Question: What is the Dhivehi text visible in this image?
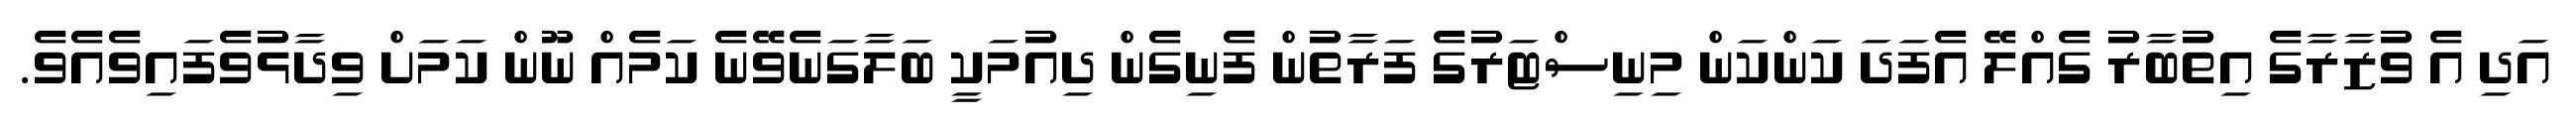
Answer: އަދި އެ ވުޒާރާގެ އިތުބާރު ގެއްލޭ އެފަދަ ކަންކަން މިނިސްޓަރުގެ ފަރާތުން ފެނިގެން ދިއުމަކީ ބަލާގަނެވޭނެ ކަމެއް ނޫން ކަމަށް ވިދާޅުވެފައިވެއެވެ.